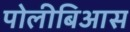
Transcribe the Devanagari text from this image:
पोलीबिआस